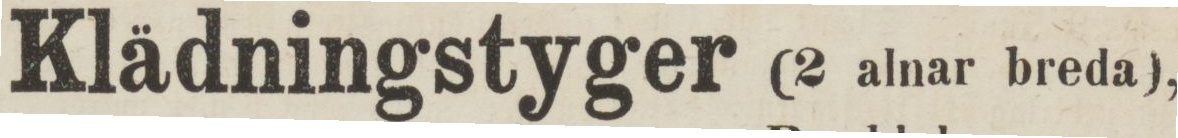
Klädningstyger (2 alnar breda),